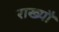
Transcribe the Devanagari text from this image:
राख्यौ